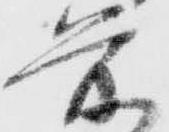
前